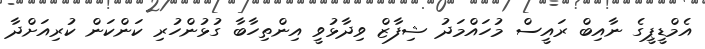
އެމްޑީޕީގެ ނާއިބް ރައީސް މުހައްމަދު ޝިފާޒް ވިދާޅުވީ އިންތިހާބާ ގުޅުންހުރި ކަންކަން ކުރިއަށްދާ